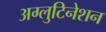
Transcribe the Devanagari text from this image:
अग्लुटिनेशन